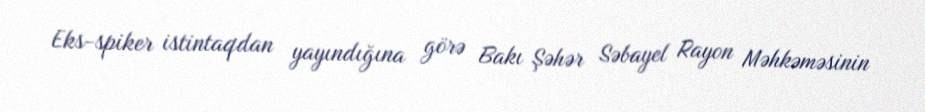
Eks-spiker istintaqdan yayındığına görə Bakı Şəhər Səbayel Rayon Məhkəməsinin